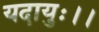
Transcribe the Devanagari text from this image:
यदायुः।।